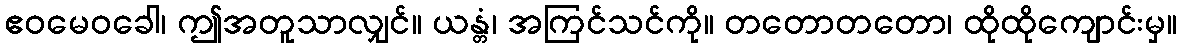
ဧဝမေဝခေါ၊ ဤအတူသာလျှင်။ ယန္တံ၊ အကြင်သင်ကို။ တတောတတော၊ ထိုထိုကျောင်းမှ။